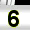
Digit: 3